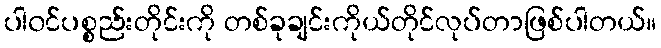
ပါ၀င်ပစ္စည်းတိုင်းကို တစ်ခုချင်းကိုယ်တိုင်လုပ်တာဖြစ်ပါတယ်။